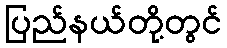
ပြည်နယ်တို့တွင်